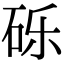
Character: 砾